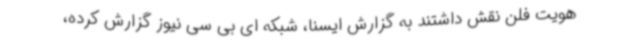
هویت فلن نقش داشتند به گزارش ایسنا، شبکه ای بی سی نیوز گزارش کرده،